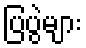
ပြပွဲများ